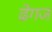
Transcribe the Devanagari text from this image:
ढेगज